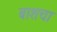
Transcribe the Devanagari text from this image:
बाशचा